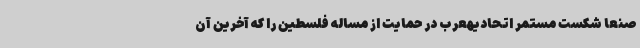
صنعا شکست مستمر اتحادیهعرب در حمایت از مساله فلسطین را که آخرین آن